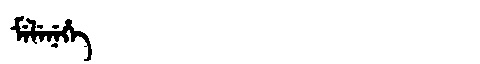
Manchu: ᠮᡝᠯᡝᠨᡝᡥᡝ
Romanization: MELENEHE